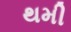
થમી